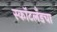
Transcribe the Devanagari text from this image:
स्कॉटलँडचा